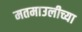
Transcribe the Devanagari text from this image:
मतमाउलीच्या